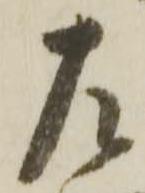
左